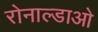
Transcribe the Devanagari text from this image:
रोनाल्डाओ